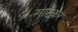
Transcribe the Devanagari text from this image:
खाटकर